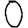
Digit: 0